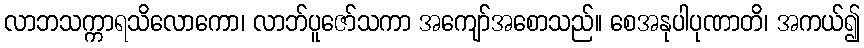
လာဘသက္ကာရသိလောကော၊ လာဘ်ပူဇော်သကာ အကျော်အစောသည်။ စေအနုပါပုဏာတိ၊ အကယ်၍